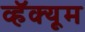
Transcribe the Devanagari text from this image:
व्हॅक्यूम